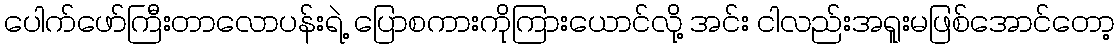
ပေါက်ဖော်ကြီးတာလောပန်းရဲ့ ပြောစကားကိုကြားယောင်လို့ အင်း ငါလည်းအရူးမဖြစ်အောင်တော့